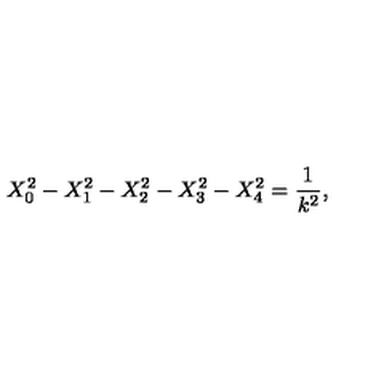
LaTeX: X _ { 0 } ^ { 2 } - X _ { 1 } ^ { 2 } - X _ { 2 } ^ { 2 } - X _ { 3 } ^ { 2 } - X _ { 4 } ^ { 2 } = \frac { 1 } { k ^ { 2 } } ,